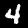
Digit: 4